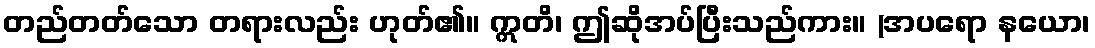
တည်တတ်သော တရားလည်း ဟုတ်၏။ ဣတိ၊ ဤဆိုအပ်ပြီးသည်ကား။ (အပရော နယော၊